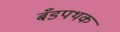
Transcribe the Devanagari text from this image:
बँडपथक